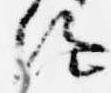
絵